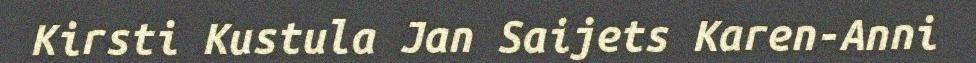
Kirsti Kustula Jan Saijets Karen-Anni